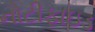
નોટીફાઇડ